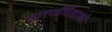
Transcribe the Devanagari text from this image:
सारगर्भिताको